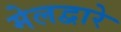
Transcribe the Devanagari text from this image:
मेलद्वारे